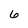
Character: 6